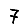
Digit: 7